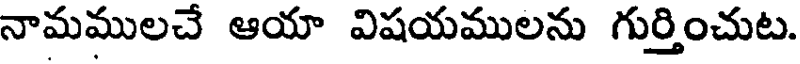
నామములచే ఆయా విషయములను గుర్తించుట.